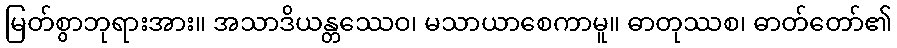
မြတ်စွာဘုရားအား။ အသာဒိယန္တဿေဝ၊ မသာယာစေကာမူ။ ဓာတုဿစ၊ ဓာတ်တော်၏